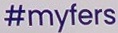
#myfers